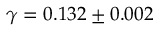
\gamma = 0 . 1 3 2 \pm 0 . 0 0 2